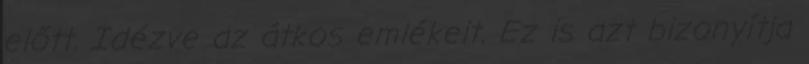
előtt. Idézve az átkos emlékeit. Ez is azt bizonyítja